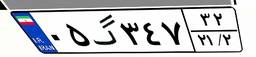
۰۵گ۳۴۷۳۲